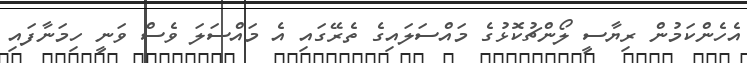
އެހެންކަމުން ރިޔާސީ ލޯންޗުކޮޅުގެ މައްސަލައިގެ ތެރޭގައި އެ މައްސަލަ ވެސް ވަނީ ހިމަނާފައި